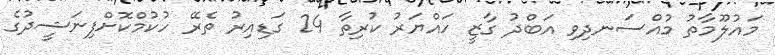
މައުލޫމާތު މުއްސަނދިވި އަބްދު ގާޒީ ހައްޔަރު ކުރިތާ 24 ގަޑިއިރު ތެރޭ ހުކުމްކޮށްފިނަޝީދުގެ